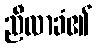
ညီလာခံ၏